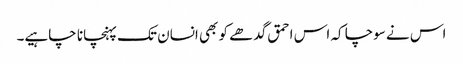
اس نے سوچا کہ اس احمق گدھے کو بھی انسان تک پہنچانا چاہیے۔